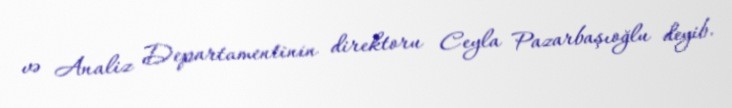
və Analiz Departamentinin direktoru Ceyla Pazarbaşıoğlu deyib.